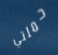
حملتي